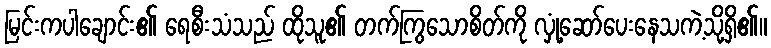
မြင်းကပါချောင်း၏ ရေစီးသံသည် ထိုသူ၏ တက်ကြွသောစိတ်ကို လှုံ့ဆော်ပေးနေသကဲ့သို့ရှိ၏။